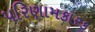
પરિણામકારક